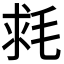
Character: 𣭳